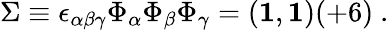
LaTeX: \Sigma\equiv\epsilon_{\alpha\beta\gamma}\Phi_{\alpha}\Phi_{\beta}\Phi_{\gamma}=({\mathbf 1},{\mathbf 1})(+6)~.